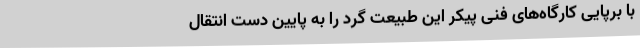
با برپایی کارگاه‌های فنی پیکر این طبیعت گرد را به پایین دست انتقال